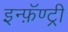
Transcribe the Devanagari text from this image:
इन्फ़ॅण्ट्री